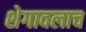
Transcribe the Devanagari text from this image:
शेगावलाच